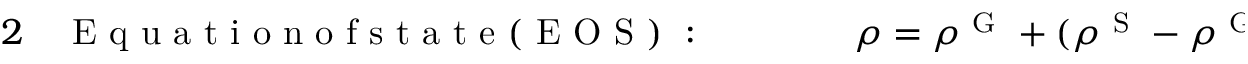
\begin{array} { r l r l } { { 2 } } & { { } \mathrm { ~ E ~ q ~ u ~ a ~ t ~ i ~ o ~ n ~ o ~ f ~ s ~ t ~ a ~ t ~ e ~ ( ~ E ~ O ~ S ~ ) ~ : ~ } \qquad } & { } & { { } \rho = \rho ^ { \mathrm { ~ G ~ } } + ( \rho ^ { \mathrm { ~ S ~ } } - \rho ^ { \mathrm { ~ G ~ } } ) \beta + ( \rho ^ { \mathrm { ~ L ~ } } - \rho ^ { \mathrm { ~ S ~ } } ) \beta \varphi , } \end{array}